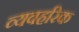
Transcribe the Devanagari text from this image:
व्यवहरिक